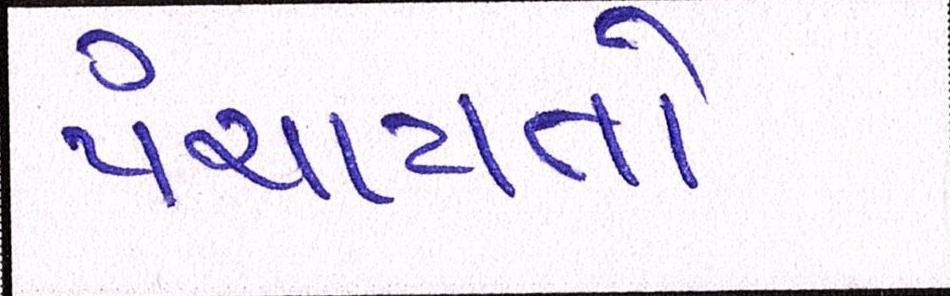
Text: પંચાયતો